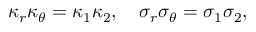
\kappa _ { r } \kappa _ { \theta } = \kappa _ { 1 } \kappa _ { 2 } , ~ ~ ~ \sigma _ { r } \sigma _ { \theta } = \sigma _ { 1 } \sigma _ { 2 } ,